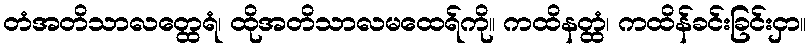
တံအတိသာလတ္ထေရံ၊ ထိုအတိသာလမထေရ်ကို။ ကထိနတ္ထံ၊ ကထိန်ခင်းခြင်းငှာ။